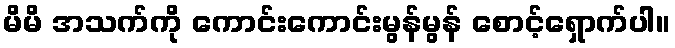
မိမိ အသက်ကို ကောင်းကောင်းမွန်မွန် စောင့်ရှောက်ပါ။